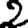
Digit: 2